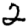
Digit: 2